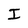
Character: I